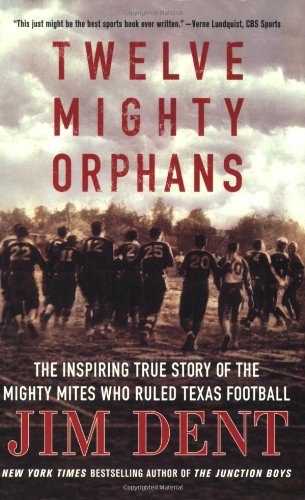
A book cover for Twelve Mighty Orphans: The Inspiring True Story of the Mighty Mites Who Ruled Texas Football; Jim Dent; Sports & Outdoors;